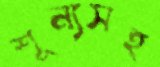
শূন্যসহ